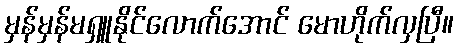
မှန်မှန်မရှူနိုင်လောက်အောင် မောဟိုက်လှပြီ။